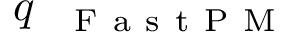
q _ { \mathrm { ~ \textsc ~ { ~ F ~ a ~ s ~ t ~ P ~ M ~ } ~ } }